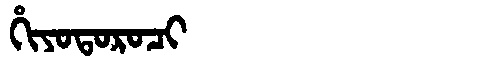
Manchu: ᡥᡳᠶᠣᡨᠣᡵᠣᠴᡳ
Romanization: HIYOTOROCI